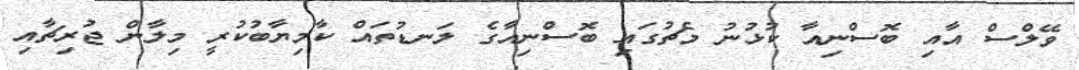
ވޭލްސް އާއި ބޮސްނިއާ ކުޅުނު މެޗުގައި ބޮސްނިއާގެ ލަނޑުތައް ކާމިޔާބުކުރީ މިލާން ޖުރިޗާއި